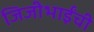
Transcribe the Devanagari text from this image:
जिजीभाईंची